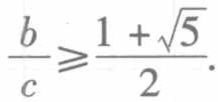
$\frac{b}{c}\geqslant\frac{1 + \sqrt{5}}{2}.$